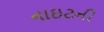
નાઇટની